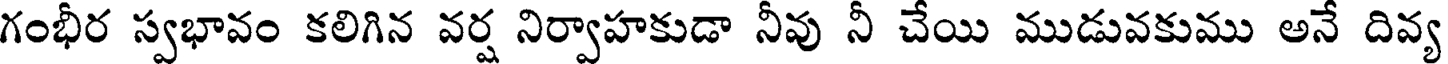
గంభీర స్వభావం కలిగిన వర్ష నిర్వాహకుడా నీవు నీ చేయి ముడువకుము అనే దివ్య